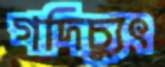
গদিচ্যুৎ